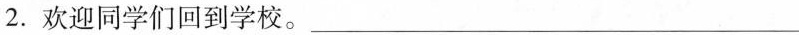
2.欢迎同学们回到学校。________________________________